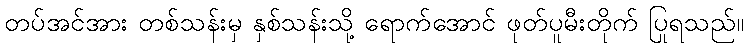
တပ်အင်အား တစ်သန်းမှ နှစ်သန်းသို့ ရောက်အောင် ဖုတ်ပူမီးတိုက် ပြုရသည်။